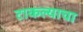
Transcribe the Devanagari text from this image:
टाकल्याचा